Scottish Leaving Certificate Examination, 1954
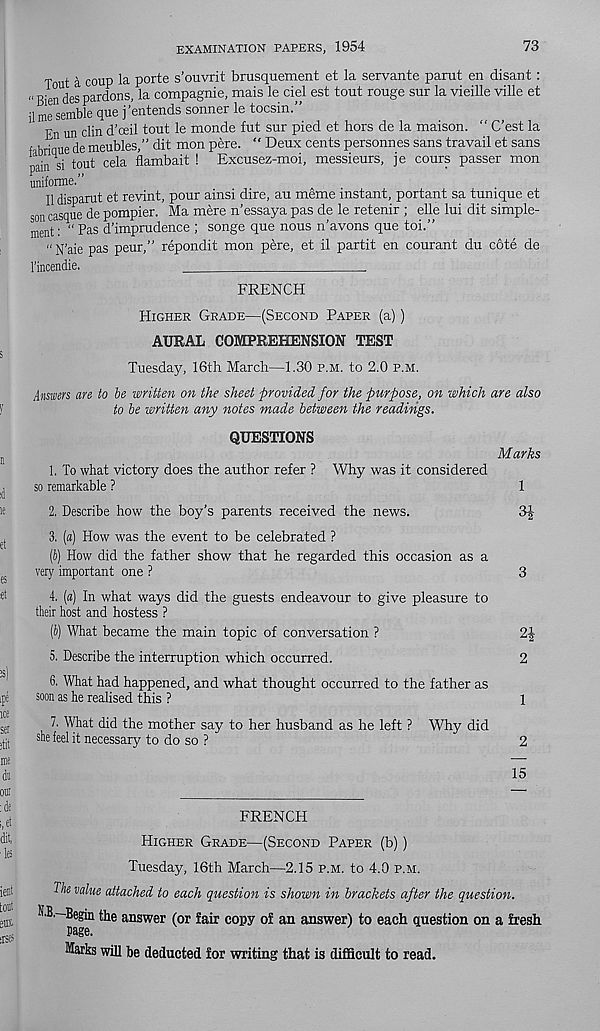
EXAMINATION PAPERS, 1954
73
Tout a coup la porte s’ouvrit brusquement et la servante parut en disant:
„ Bien des pardons, la compagnie, mais le del est tout rouge sur la vieille ville et
il me semble que j’entends sonner le tocsin.”
En un clin d'ceil tout le monde fut sur pied et hors de la maison. “ C’est la
f, 1 iaue de meubles,” dit mon pere. “ Deux cents personnes sans travail et sans
pain si tout cela flambait ! Excusez-moi, messieurs, je cours passer mon
uniforme.
II disparut et revint, pour ainsi dire, au meme instant, portant sa tunique et
son casque de pompier. Ma mere n'essaya pas de le retenir ; elle lui dit simple-
ment: “ Pas d’imprudence ; songe que nous n’avons que toi.”
“N’aie pas peur,” repondit mon pere, et il partit en courant du cote de
I’incendie.
.
FRENCH
Higher Grade—(Second Paper (a))
AURAL COMPREHENSION TEST
Tuesday, 16th March—1.30 p.m. to 2.0 p.m.
Answers are to be written on the sheet provided for the purpose, on which are also
to be written any notes made between the readings.
QUESTIONS
1. To what victory does the author refer ?
so remarkable ?
Why was it considered
Marks
1
2. Describe how the boy's parents received the news.
3J
3. (a) How was the event to be celebrated ?
(i) How did the father show that he regarded this occasion as a
very important one ?
3
4. («) In what ways did the guests endeavour to give pleasure to
their host and hostess ?
(S) What became the main topic of conversation ?
2|
5. Describe the interruption which occurred.
2
6. What had happened, and what thought occurred to the father as
soon as he realised this ?
1
7. What did the mother say to her husband as he left ? Why did
she feel it necessary to do so ?
2
15
FRENCH
Higher Grade—(Second Paper (b))
Tuesday, 16th March—2.15 p.m. to 4.0 p.m.
The value attached to each question is shown in brackets after the question.
HB.—Begin the answer (or fair copy of an answer) to each question on a fresh
Page.
Marks will be deducted for writing that is difficult to read.